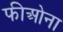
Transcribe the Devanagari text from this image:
फीओना